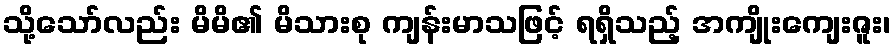
သို့သော်လည်း မိမိ၏ မိသားစု ကျန်းမာသဖြင့် ရရှိသည့် အကျိုးကျေးဇူး၊